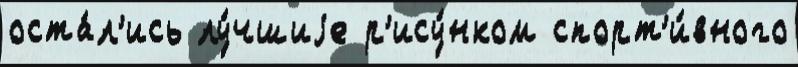
оста́л'ись лу́чшиjе р'ису́нком спорт'и́вного